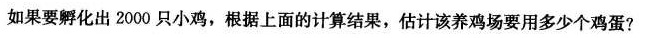
如果要孵化出 2000 只小鸡，根据上面的计算结果，估计该养鸡场要用多少个鸡蛋?